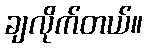
ချလိုက်တယ်။